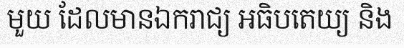
មួយ ដែលមានឯករាជ្យ អធិបតេយ្យ និង